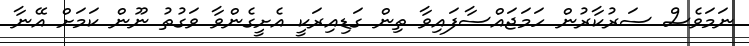
ނަމަވެސް ސަރުކާރުން ހަމަޖައްސާފައިވާ ތިން ގަޑިއިރަކީ އެށީގެންވާ ވަގުތު ނޫން ކަމަށް އޭނާ